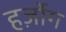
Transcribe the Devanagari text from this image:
हर्ज़ोग